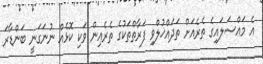
އެ މައްސަލައިގެ ތެރެއަށް ތަދައްޚުލްވި ފަރާތްތަކުގެ ތެރެއިން ވަކި ކޮޅެއް ނުނަގަނީ ބަންޑާރަ